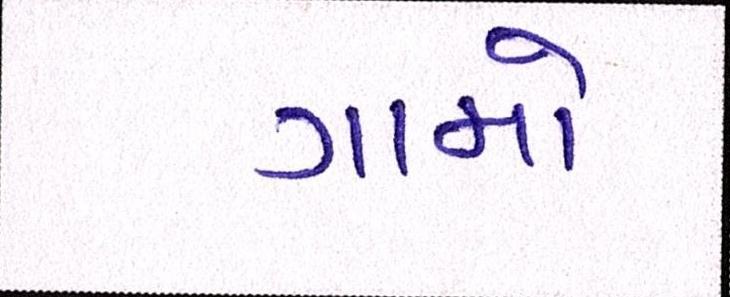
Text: ગામો